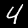
Label: 4